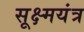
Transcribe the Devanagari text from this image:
सूक्ष्मयंत्र